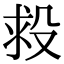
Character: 𣪋